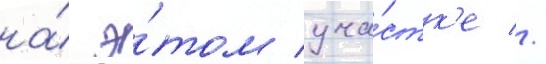
на́ э́том уча́стк'е //